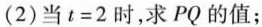
(2)当t=2时，求PQ的值；